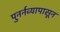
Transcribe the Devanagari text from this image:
पुनर्नव्यापासून